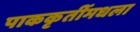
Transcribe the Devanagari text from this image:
पाककृतींमधला